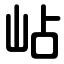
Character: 岾